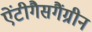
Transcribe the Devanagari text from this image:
ऐंटीगैसगैंग्रीन